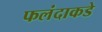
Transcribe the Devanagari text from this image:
फलंदाकडे